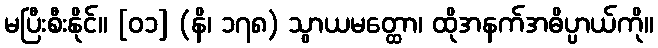
မပြီးစီးနိုင်။ [၀၁] (နိ၊ ၁၇၈) သွာယမတ္ထော၊ ထိုအနက်အဓိပ္ပာယ်ကို။